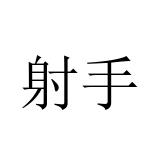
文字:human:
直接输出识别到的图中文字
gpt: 射手